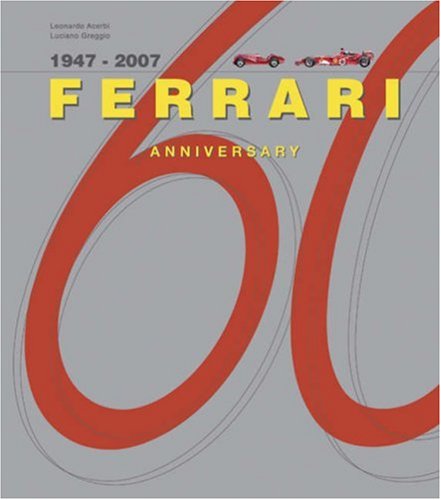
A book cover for Ferrari 60 Years: The Great Moments; Leonardo Acerbi; Engineering & Transportation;